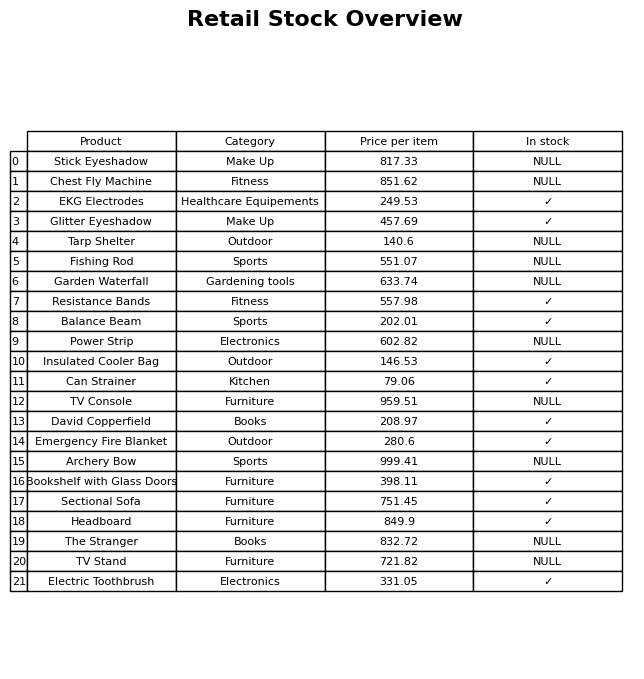
question: What is the price of the David Copperfield?
answer: The price of David Copperfield is 208.97.